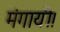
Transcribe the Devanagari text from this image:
मंगायी।